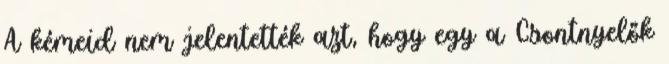
A kémeid nem jelentették azt, hogy egy a Csontnyelők